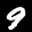
Label: 9